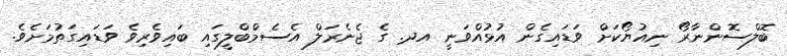
ބޮލްސޮންނާރޯ ނިއުޔޯކަށް ވަޑައިގެން އުޅުއްވަނީ އދ. ގެ ޖެނެރަލް އެސެމްބްލީގައި ބައިވެރިވެ ވަޑައިގަތުމަށެވެ.